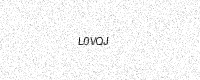
Text: L0VQJ